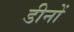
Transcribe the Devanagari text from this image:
डीनों